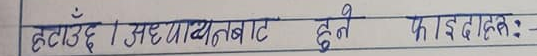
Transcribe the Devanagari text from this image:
हटाउँदा । सद्यावबाट हुने फाइदा हरु :-